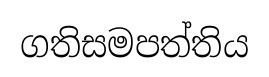
ගතිසමපත්තිය